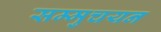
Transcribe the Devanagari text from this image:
सम्मुचयन